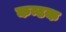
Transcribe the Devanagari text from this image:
कन्टक